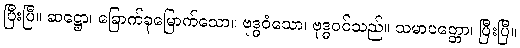
ပြီးပြီ။ ဆဋ္ဌော၊ ခြောက်ခုမြောက်သော။ ဗုဒ္ဓဝံသော၊ ဗုဒ္ဓဝင်သည်။ သမာပတ္တော၊ ပြီးပြီ။